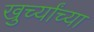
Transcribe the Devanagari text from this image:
खुर्च्यांच्या